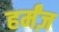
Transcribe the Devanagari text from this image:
हर्मंज़